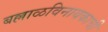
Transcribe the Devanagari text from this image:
बल्लाळविनायकाची